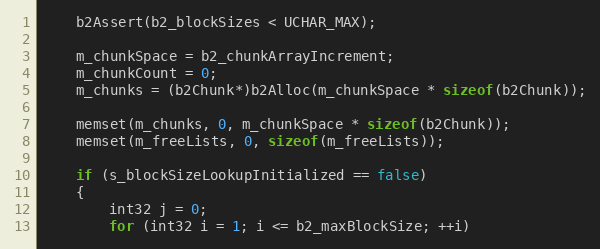
Language: C++
	b2Assert(b2_blockSizes < UCHAR_MAX);

	m_chunkSpace = b2_chunkArrayIncrement;
	m_chunkCount = 0;
	m_chunks = (b2Chunk*)b2Alloc(m_chunkSpace * sizeof(b2Chunk));

	memset(m_chunks, 0, m_chunkSpace * sizeof(b2Chunk));
	memset(m_freeLists, 0, sizeof(m_freeLists));

	if (s_blockSizeLookupInitialized == false)
	{
		int32 j = 0;
		for (int32 i = 1; i <= b2_maxBlockSize; ++i)